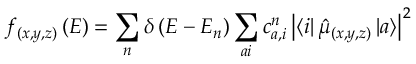
f _ { ( x , y , z ) } \left( E \right) = \sum _ { n } \delta \left( E - E _ { n } \right) \sum _ { a i } c _ { a , i } ^ { n } \left\vert \left\langle i \right\vert \hat { \mu } _ { ( x , y , z ) } \left\vert a \right\rangle \right\vert ^ { 2 }